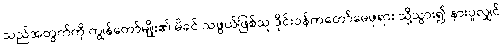
သည်အတွက်ကို ကျွန်တော်မျိုး၏ မိခင် သဖွယ်ဖြစ်သူ ဒိုင်းဝန်ကတော်မေဖုရား သို့သွား၍ နားပူလျှင်